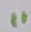
Text: 11